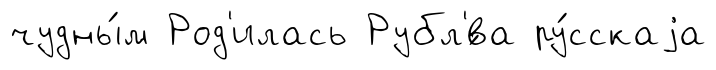
чудны́м Род'илась Рубл'́ва ру́сскаjа